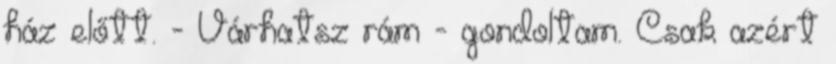
ház előtt. - Várhatsz rám - gondoltam. Csak azért